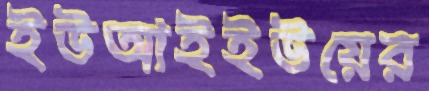
ইউআইইউয়ের